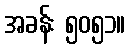
အခန်း ၅၀၅၁။